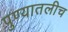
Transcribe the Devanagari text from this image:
पुण्यातलीच